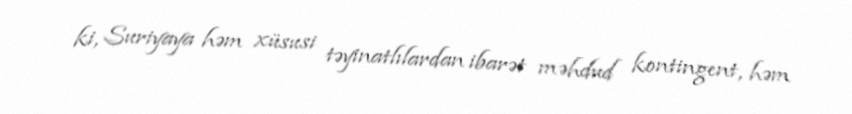
ki, Suriyaya həm xüsusi təyinatlılardan ibarət məhdud kontingent, həm